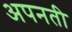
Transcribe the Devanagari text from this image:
अपनती